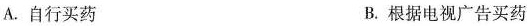
A. 自行买药 B. 根据电视广告买药